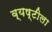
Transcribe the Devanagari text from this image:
व्यष्टीला